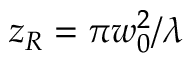
z _ { R } = \pi w _ { 0 } ^ { 2 } / \lambda